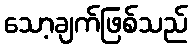
သော့ချက်ဖြစ်သည်